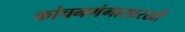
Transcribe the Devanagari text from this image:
कांचनगंगासारखी